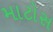
માટોસ